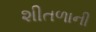
શીતળાની